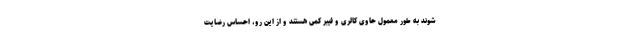
شوند به طور معمول حاوی کالری و فیبر کمی هستند و از این رو، احساس رضایت